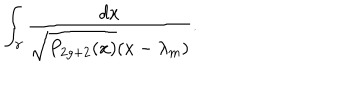
LaTeX: \int _ { \gamma } { \frac { d x } { \sqrt { P _ { 2 g + 2 } ( x ) } ( x - \lambda _ { m } ) } } .